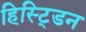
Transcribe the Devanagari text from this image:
हिस्ट्डिन